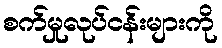
စက်မှုလုပ်ငန်းများကို